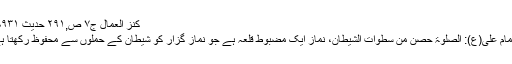
کنز العمال ج۷ ص,۲۹۱ حدیث ۱۸۹۳۱
↑ امام علی(ع): الصلوۃ حصن من سطوات الشیطان، نماز ایک مضبوط قلعہ ہے جو نماز گزار کو شیطان کے حملوں سے محفوظ رکھتا ہے۔